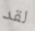
لقد